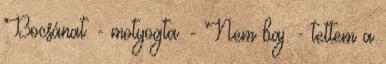
Bocsánat. - motyogta. - Nem baj. - tettem a